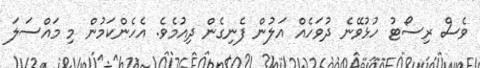
ވެސް ރިސޯޓު ހުޅުވޭނެ ދުވަހެއް އަލުން ފެނިގެން ދިއުމެވެ. އެެހެންކަމުން މި މައްސަލަ